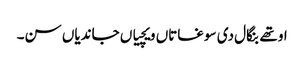
اوتھے بنگال دی سوغاتاں ویچیاں جاندیاں سن۔